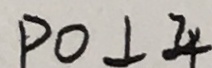
P O \bot 4